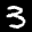
Label: 3